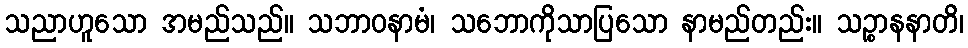
သညာဟူသော အမည်သည်။ သဘာဝနာမံ၊ သဘောကိုသာပြသော နာမည်တည်း။ သဉ္စာနနာတိ၊